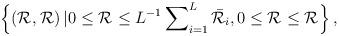
LaTeX: \begin{align*}\left\{\left({\mathcal{R}}^{},{\mathcal{R}}^{}\right)|0\leq{\mathcal{R}}^{}\leq{L}^{-1}\sum\nolimits_{i=1}^{L}\bar{\mathcal{R}}_i,0\leq{\mathcal{R}}^{}\leq{\mathcal{R}}_{}\right\},\end{align*}